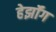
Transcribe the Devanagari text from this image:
हेर्झॉग